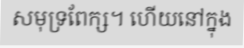
សមុទ្រពែក្ស។ ហើយនៅក្នុង